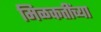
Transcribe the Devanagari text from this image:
मिळकतींच्या